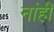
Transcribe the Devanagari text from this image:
नांही